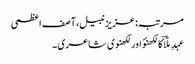
مرتبہ: عزیز نبیل، آصف اعظمی
عہدِ ملّاؔ کا لکھنؤ اور لکھنوی شاعری ۔